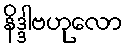
နိဒ္ဒါဗဟုလော